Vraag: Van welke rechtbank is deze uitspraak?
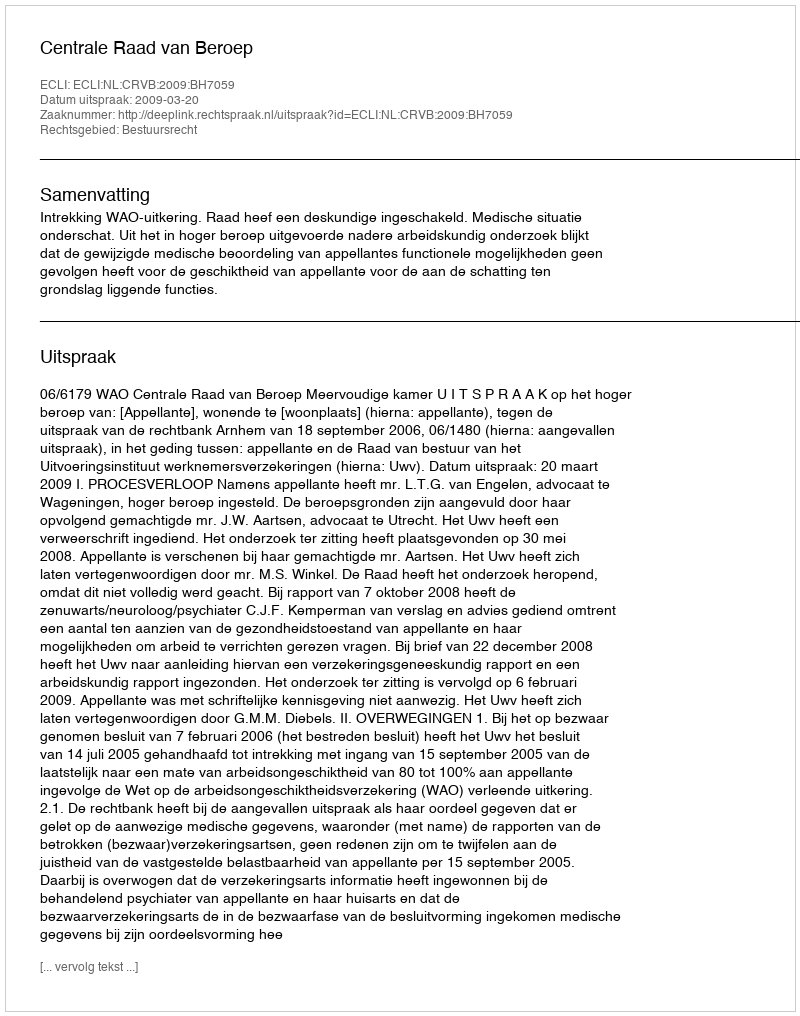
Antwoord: Centrale Raad van Beroep